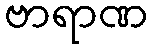
ဗာရာဏ